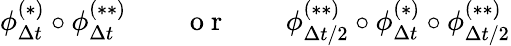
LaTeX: \phi_{\Delta t}^{(*)}\circ\phi_{\Delta t}^{(**)}\qquad\mathrm{~o~r~}\qquad\phi_{{\Delta t}/2}^{(**)}\circ\phi_{\Delta t}^{(*)}\circ\phi_{{\Delta t}/2}^{(**)}